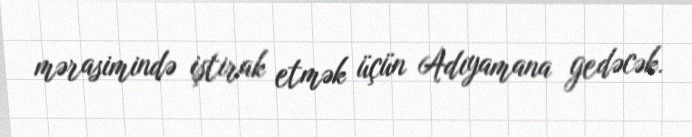
mərasimində iştirak etmək üçün Adıyamana gedəcək.